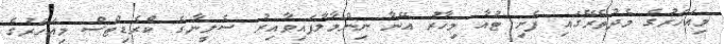
މިއަހަރުގެ މެދުތެރޭގައި ފެށި ޓުއާ މިހާރު އޭނާ ނިންމާލާފައިވާއިރު ސެލީނާގެ ކްރެޑިޓްސް މިއަހަރުގެ